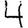
Digit: 4